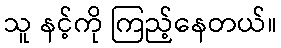
သူ နင့်ကို ကြည့်နေတယ်။